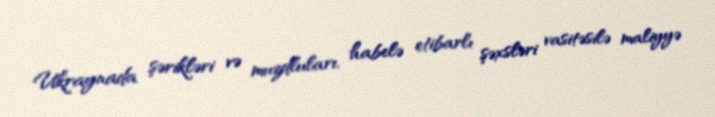
Ukraynada şərikləri və muzdluları, habelə etibarlı şəxsləri vasitəsilə maliyyə